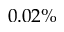
0 . 0 2 \%